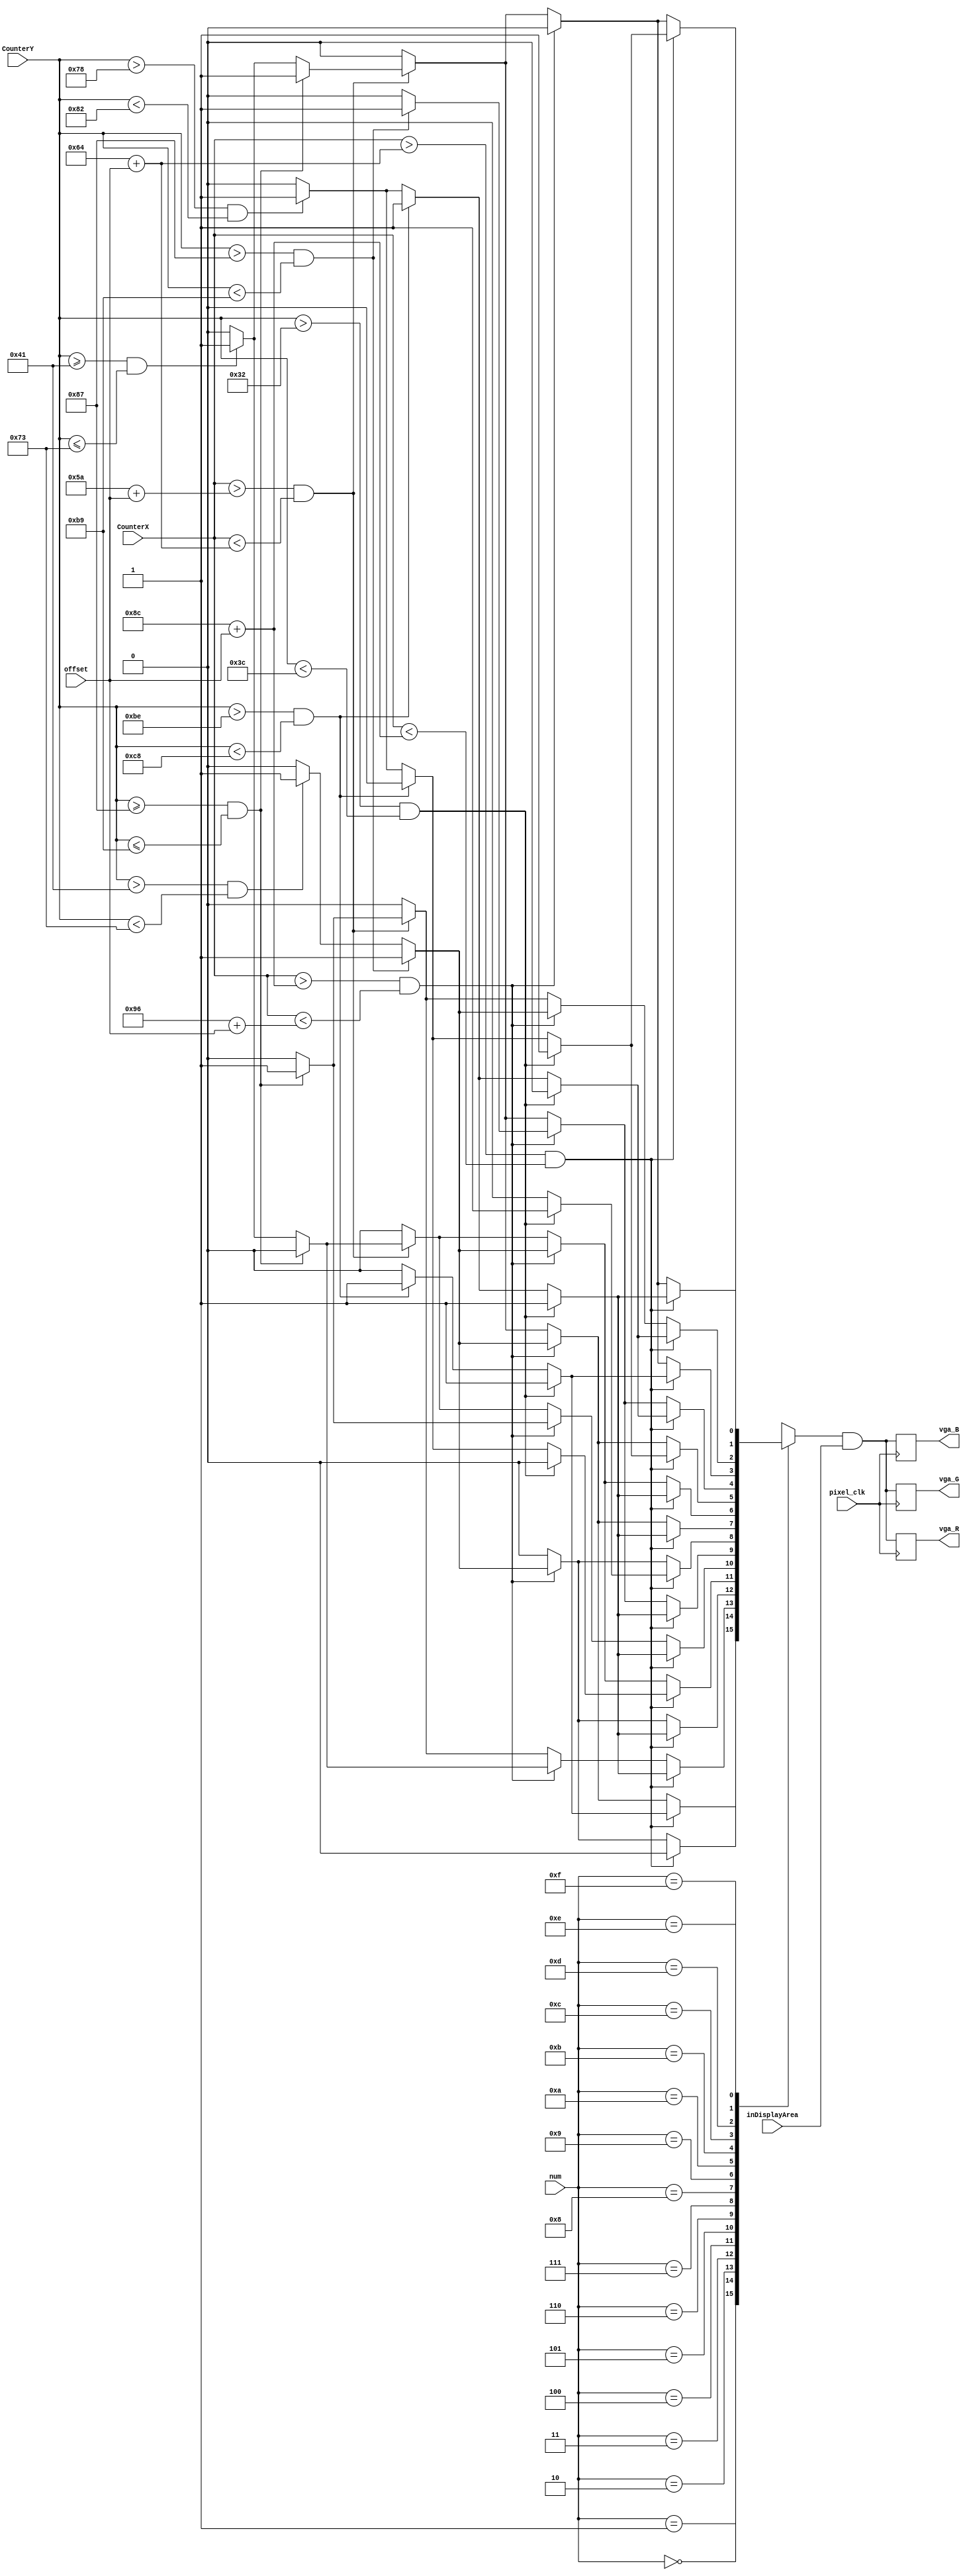
module vga(vga_R, vga_G, vga_B, num,offset, inDisplayArea, CounterX, CounterY, pixel_clk);
input pixel_clk;
input [3:0]num;
input [9:0]offset;
output vga_R, vga_G, vga_B;
input inDisplayArea;
input [9:0] CounterX;
input [8:0] CounterY;
reg[6:0] seven;
reg color;
reg R, B,G;


reg vga_R, vga_G, vga_B;

always @(num or CounterX or CounterY or offset)
begin
case(num)
		4'b0000:begin
					seven =7'b0111111;
					if((CounterX>(100+offset))&&(CounterX<(140+offset)))
						begin
							if((CounterY>50)&&(CounterY<60))begin
								color = seven[0];
								R=color;
								B=color;
								G=color;
								end
							else
							if((CounterY>190)&&(CounterY<200)) begin
								color = seven[3];
								R=color;
								B=color;
								G=color;
								end
							else
							if((CounterY>120)&&(CounterY<130)) begin
								color = seven[6];
								R=color;
								B=color;
								G=color;
								end
							else
								begin
									color = 1'b0;
									R=color;
									B=color;
									G=color;
								end
							end
						else
						if((CounterX>(140+offset))&&(CounterX<(150+offset))) 
						begin
								if((CounterY>135)&&(CounterY<185)) begin
								color = seven[2];
								R=color;
								B=color;
								G=color;
								end
								else
								if((CounterY>65)&&(CounterY<115)) begin
								color = seven[1];
								R=color;
								B=color;
								G=color;
								end
								else
								begin
									color = 1'b0;
									R=color;
									B=color;
									G=color;
								end
							end
						else
						if((CounterX>(90+offset))&&(CounterX<(100+offset)))
						begin
							if((CounterY>=135)&&(CounterY<=185)) begin
								color = seven[4];
								R=color;
								B=color;
								G=color;
								end
								else
								if((CounterY>=65)&&(CounterY<=115)) begin
								color = seven[5];
								R=color;
								B=color;
								G=color;
								end
								else
								begin
									color = 1'b0;
									R=color;
									B=color;
									G=color;
								end
							end
						else
							begin
									color = 1'b0;
									R=color;
									B=color;
									G=color;
							end
					end
					
4'b0001:begin
					seven =7'b0000110;
					if((CounterX>(100+offset))&&(CounterX<(140+offset)))
						begin
							if((CounterY>50)&&(CounterY<60))begin
								color = seven[0];
								R=color;
								B=color;
								G=color;
								end
							else
							if((CounterY>190)&&(CounterY<200)) begin
								color = seven[3];
								R=color;
								B=color;
								G=color;
								end
							else
							if((CounterY>120)&&(CounterY<130)) begin
								color = seven[6];
								R=color;
								B=color;
								G=color;
								end
							else
								begin
									color = 1'b0;
									R=color;
									B=color;
									G=color;
								end
							end
						else
						if((CounterX>(140+offset))&&(CounterX<(150+offset))) 
						begin
								if((CounterY>135)&&(CounterY<185)) begin
								color = seven[2];
								R=color;
								B=color;
								G=color;
								end
								else
								if((CounterY>65)&&(CounterY<115)) begin
								color = seven[1];
								R=color;
								B=color;
								G=color;
								end
								else
								begin
									color = 1'b0;
									R=color;
									B=color;
									G=color;
								end
							end
						else
						if((CounterX>(90+offset))&&(CounterX<(100+offset)))
						begin
							if((CounterY>=135)&&(CounterY<=185)) begin
								color = seven[4];
								R=color;
								B=color;
								G=color;
								end
								else
								if((CounterY>=65)&&(CounterY<=115)) begin
								color = seven[5];
								R=color;
								B=color;
								G=color;
								end
								else
								begin
									color = 1'b0;
									R=color;
									B=color;
									G=color;
								end
							end
						else
							begin
									color = 1'b0;
									R=color;
									B=color;
									G=color;
							end
					end
4'b0010:begin
					seven =7'b1011011;
					if((CounterX>(100+offset))&&(CounterX<(140+offset)))
						begin
							if((CounterY>50)&&(CounterY<60))begin
								color = seven[0];
								R=color;
								B=color;
								G=color;
								end
							else
							if((CounterY>190)&&(CounterY<200)) begin
								color = seven[3];
								R=color;
								B=color;
								G=color;
								end
							else
							if((CounterY>120)&&(CounterY<130)) begin
								color = seven[6];
								R=color;
								B=color;
								G=color;
								end
							else
								begin
									color = 1'b0;
									R=color;
									B=color;
									G=color;
								end
							end
						else
						if((CounterX>(140+offset))&&(CounterX<(150+offset))) 
						begin
								if((CounterY>=135)&&(CounterY<=185)) begin
								color = seven[2];
								R=color;
								B=color;
								G=color;
								end
								else
								if((CounterY>=65)&&(CounterY<=115)) begin
								color = seven[1];
								R=color;
								B=color;
								G=color;
								end
								else
								begin
									color = 1'b0;
									R=color;
									B=color;
									G=color;
								end
							end
						else
						if((CounterX>(90+offset))&&(CounterX<(100+offset)))
						begin
							if((CounterY>=135)&&(CounterY<=185)) begin
								color = seven[4];
								R=color;
								B=color;
								G=color;
								end
								else
								if((CounterY>=65)&&(CounterY<=115)) begin
								color = seven[5];
								R=color;
								B=color;
								G=color;
								end
								else
								begin
									color = 1'b0;
									R=color;
									B=color;
									G=color;
								end
							end
						else
							begin
									color = 1'b0;
									R=color;
									B=color;
									G=color;
							end
					end
4'b0011:begin
					seven =7'b1001111;
					if((CounterX>(100+offset))&&(CounterX<(140+offset)))
						begin
							if((CounterY>50)&&(CounterY<60))begin
								color = seven[0];
								R=color;
								B=color;
								G=color;
								end
							else
							if((CounterY>190)&&(CounterY<200)) begin
								color = seven[3];
								R=color;
								B=color;
								G=color;
								end
							else
							if((CounterY>120)&&(CounterY<130)) begin
								color = seven[6];
								R=color;
								B=color;
								G=color;
								end
							else
								begin
									color = 1'b0;
									R=color;
									B=color;
									G=color;
								end
							end
						else
						if((CounterX>(140+offset))&&(CounterX<(150+offset))) 
						begin
								if((CounterY>135)&&(CounterY<185)) begin
								color = seven[2];
								R=color;
								B=color;
								G=color;
								end
								else
								if((CounterY>65)&&(CounterY<115)) begin
								color = seven[1];
								R=color;
								B=color;
								G=color;
								end
								else
								begin
									color = 1'b0;
									R=color;
									B=color;
									G=color;
								end
							end
						else
						if((CounterX>(90+offset))&&(CounterX<(100+offset)))
						begin
							if((CounterY>=135)&&(CounterY<=185)) begin
								color = seven[4];
								R=color;
								B=color;
								G=color;
								end
								else
								if((CounterY>=65)&&(CounterY<=115)) begin
								color = seven[5];
								R=color;
								B=color;
								G=color;
								end
								else
								begin
									color = 1'b0;
									R=color;
									B=color;
									G=color;
								end
							end
						else
							begin
									color = 1'b0;
									R=color;
									B=color;
									G=color;
							end
					end
4'b0100:begin
					seven =7'b1100110;
					if((CounterX>(100+offset))&&(CounterX<(140+offset)))
						begin
							if((CounterY>50)&&(CounterY<60))begin
								color = seven[0];
								R=color;
								B=color;
								G=color;
								end
							else
							if((CounterY>190)&&(CounterY<200)) begin
								color = seven[3];
								R=color;
								B=color;
								G=color;
								end
							else
							if((CounterY>120)&&(CounterY<130)) begin
								color = seven[6];
								R=color;
								B=color;
								G=color;
								end
							else
								begin
									color = 1'b0;
									R=color;
									B=color;
									G=color;
								end
							end
						else
						if((CounterX>(140+offset))&&(CounterX<(150+offset))) 
						begin
								if((CounterY>135)&&(CounterY<185)) begin
								color = seven[2];
								R=color;
								B=color;
								G=color;
								end
								else
								if((CounterY>65)&&(CounterY<115)) begin
								color = seven[1];
								R=color;
								B=color;
								G=color;
								end
								else
								begin
									color = 1'b0;
									R=color;
									B=color;
									G=color;
								end
							end
						else
						if((CounterX>(90+offset))&&(CounterX<(100+offset)))
						begin
							if((CounterY>=135)&&(CounterY<=185)) begin
								color = seven[4];
								R=color;
								B=color;
								G=color;
								end
								else
								if((CounterY>=65)&&(CounterY<=115)) begin
								color = seven[5];
								R=color;
								B=color;
								G=color;
								end
								else
								begin
									color = 1'b0;
									R=color;
									B=color;
									G=color;
								end
							end
						else
							begin
									color = 1'b0;
									R=color;
									B=color;
									G=color;
							end
					end
4'b0101:begin
					seven =7'b1101101;
					if((CounterX>(100+offset))&&(CounterX<(140+offset)))
						begin
							if((CounterY>50)&&(CounterY<60))begin
								color = seven[0];
								R=color;
								B=color;
								G=color;
								end
							else
							if((CounterY>190)&&(CounterY<200)) begin
								color = seven[3];
								R=color;
								B=color;
								G=color;
								end
							else
							if((CounterY>120)&&(CounterY<130)) begin
								color = seven[6];
								R=color;
								B=color;
								G=color;
								end
							else
								begin
									color = 1'b0;
									R=color;
									B=color;
									G=color;
								end
							end
						else
						if((CounterX>(140+offset))&&(CounterX<(150+offset))) 
						begin
								if((CounterY>=135)&&(CounterY<=185)) begin
								color = seven[2];
								R=color;
								B=color;
								G=color;
								end
								else
								if((CounterY>=65)&&(CounterY<=115)) begin
								color = seven[1];
								R=color;
								B=color;
								G=color;
								end
								else
								begin
									color = 1'b0;
									R=color;
									B=color;
									G=color;
								end
							end
						else
						if((CounterX>(90+offset))&&(CounterX<(100+offset)))
						begin
							if((CounterY>=135)&&(CounterY<=185)) begin
								color = seven[4];
								R=color;
								B=color;
								G=color;
								end
								else
								if((CounterY>=65)&&(CounterY<=115)) begin
								color = seven[5];
								R=color;
								B=color;
								G=color;
								end
								else
								begin
									color = 1'b0;
									R=color;
									B=color;
									G=color;
								end
							end
						else
							begin
									color = 1'b0;
									R=color;
									B=color;
									G=color;
							end
					end
4'b0110:begin
					seven =7'b1111101;
					if((CounterX>(100+offset))&&(CounterX<(140+offset)))
						begin
							if((CounterY>50)&&(CounterY<60))begin
								color = seven[0];
								R=color;
								B=color;
								G=color;
								end
							else
							if((CounterY>190)&&(CounterY<200)) begin
								color = seven[3];
								R=color;
								B=color;
								G=color;
								end
							else
							if((CounterY>120)&&(CounterY<130)) begin
								color = seven[6];
								R=color;
								B=color;
								G=color;
								end
							else
								begin
									color = 1'b0;
									R=color;
									B=color;
									G=color;
								end
							end
						else
						if((CounterX>(140+offset))&&(CounterX<(150+offset))) 
						begin
								if((CounterY>135)&&(CounterY<185)) begin
								color = seven[2];
								R=color;
								B=color;
								G=color;
								end
								else
								if((CounterY>65)&&(CounterY<115)) begin
								color = seven[1];
								R=color;
								B=color;
								G=color;
								end
								else
								begin
									color = 1'b0;
									R=color;
									B=color;
									G=color;
								end
							end
						else
						if((CounterX>(90+offset))&&(CounterX<(100+offset)))
						begin
							if((CounterY>=135)&&(CounterY<=185)) begin
								color = seven[4];
								R=color;
								B=color;
								G=color;
								end
								else
								if((CounterY>=65)&&(CounterY<=115)) begin
								color = seven[5];
								R=color;
								B=color;
								G=color;
								end
								else
								begin
									color = 1'b0;
									R=color;
									B=color;
									G=color;
								end
							end
						else
							begin
									color = 1'b0;
									R=color;
									B=color;
									G=color;
							end
					end
4'b0111:begin
					seven =7'b0000111;
					if((CounterX>(100+offset))&&(CounterX<(140+offset)))
						begin
							if((CounterY>50)&&(CounterY<60))begin
								color = seven[0];
								R=color;
								B=color;
								G=color;
								end
							else
							if((CounterY>190)&&(CounterY<200)) begin
								color = seven[3];
								R=color;
								B=color;
								G=color;
								end
							else
							if((CounterY>120)&&(CounterY<130)) begin
								color = seven[6];
								R=color;
								B=color;
								G=color;
								end
							else
								begin
									color = 1'b0;
									R=color;
									B=color;
									G=color;
								end
							end
						else
						if((CounterX>(140+offset))&&(CounterX<(150+offset))) 
						begin
								if((CounterY>135)&&(CounterY<185)) begin
								color = seven[2];
								R=color;
								B=color;
								G=color;
								end
								else
								if((CounterY>65)&&(CounterY<115)) begin
								color = seven[1];
								R=color;
								B=color;
								G=color;
								end
								else
								begin
									color = 1'b0;
									R=color;
									B=color;
									G=color;
								end
							end
						else
						if((CounterX>(90+offset))&&(CounterX<(100+offset)))
						begin
							if((CounterY>=135)&&(CounterY<=185)) begin
								color = seven[4];
								R=color;
								B=color;
								G=color;
								end
								else
								if((CounterY>=65)&&(CounterY<=115)) begin
								color = seven[5];
								R=color;
								B=color;
								G=color;
								end
								else
								begin
									color = 1'b0;
									R=color;
									B=color;
									G=color;
								end
							end
						else
							begin
									color = 1'b0;
									R=color;
									B=color;
									G=color;
							end
					end
4'b1000:begin
					seven =7'b1111111;
					if((CounterX>(100+offset))&&(CounterX<(140+offset)))
						begin
							if((CounterY>50)&&(CounterY<60))begin
								color = seven[0];
								R=color;
								B=color;
								G=color;
								end
							else
							if((CounterY>190)&&(CounterY<200)) begin
								color = seven[3];
								R=color;
								B=color;
								G=color;
								end
							else
							if((CounterY>120)&&(CounterY<130)) begin
								color = seven[6];
								R=color;
								B=color;
								G=color;
								end
							else
								begin
									color = 1'b0;
									R=color;
									B=color;
									G=color;
								end
							end
						else
						if((CounterX>(140+offset))&&(CounterX<(150+offset))) 
						begin
								if((CounterY>135)&&(CounterY<185)) begin
								color = seven[2];
								R=color;
								B=color;
								G=color;
								end
								else
								if((CounterY>65)&&(CounterY<115)) begin
								color = seven[1];
								R=color;
								B=color;
								G=color;
								end
								else
								begin
									color = 1'b0;
									R=color;
									B=color;
									G=color;
								end
							end
						else
						if((CounterX>(90+offset))&&(CounterX<(100+offset)))
						begin
							if((CounterY>=135)&&(CounterY<=185)) begin
								color = seven[4];
								R=color;
								B=color;
								G=color;
								end
								else
								if((CounterY>=65)&&(CounterY<=115)) begin
								color = seven[5];
								R=color;
								B=color;
								G=color;
								end
								else
								begin
									color = 1'b0;
									R=color;
									B=color;
									G=color;
								end
							end
						else
							begin
									color = 1'b0;
									R=color;
									B=color;
									G=color;
							end
					end
4'b1001:begin
					seven =7'b1101111;
					if((CounterX>(100+offset))&&(CounterX<(140+offset)))
						begin
							if((CounterY>50)&&(CounterY<60))begin
								color = seven[0];
								R=color;
								B=color;
								G=color;
								end
							else
							if((CounterY>190)&&(CounterY<200)) begin
								color = seven[3];
								R=color;
								B=color;
								G=color;
								end
							else
							if((CounterY>120)&&(CounterY<130)) begin
								color = seven[6];
								R=color;
								B=color;
								G=color;
								end
							else
								begin
									color = 1'b0;
									R=color;
									B=color;
									G=color;
								end
							end
						else
						if((CounterX>(140+offset))&&(CounterX<(150+offset))) 
						begin
								if((CounterY>135)&&(CounterY<185)) begin
								color = seven[2];
								R=color;
								B=color;
								G=color;
								end
								else
								if((CounterY>65)&&(CounterY<115)) begin
								color = seven[1];
								R=color;
								B=color;
								G=color;
								end
								else
								begin
									color = 1'b0;
									R=color;
									B=color;
									G=color;
								end
							end
						else
						if((CounterX>(90+offset))&&(CounterX<(100+offset)))
						begin
							if((CounterY>=135)&&(CounterY<=185)) begin
								color = seven[4];
								R=color;
								B=color;
								G=color;
								end
								else
								if((CounterY>=65)&&(CounterY<=115)) begin
								color = seven[5];
								R=color;
								B=color;
								G=color;
								end
								else
								begin
									color = 1'b0;
									R=color;
									B=color;
									G=color;
								end
							end
						else
							begin
									color = 1'b0;
									R=color;
									B=color;
									G=color;
							end
					end
4'b1010:begin
					seven =7'b1110111;
					if((CounterX>(100+offset))&&(CounterX<(140+offset)))
						begin
							if((CounterY>50)&&(CounterY<60))begin
								color = seven[0];
								R=color;
								B=color;
								G=color;
								end
							else
							if((CounterY>190)&&(CounterY<200)) begin
								color = seven[3];
								R=color;
								B=color;
								G=color;
								end
							else
							if((CounterY>120)&&(CounterY<130)) begin
								color = seven[6];
								R=color;
								B=color;
								G=color;
								end
							else
								begin
									color = 1'b0;
									R=color;
									B=color;
									G=color;
								end
							end
						else
						if((CounterX>(140+offset))&&(CounterX<(150+offset))) 
						begin
								if((CounterY>135)&&(CounterY<185)) begin
								color = seven[2];
								R=color;
								B=color;
								G=color;
								end
								else
								if((CounterY>65)&&(CounterY<115)) begin
								color = seven[1];
								R=color;
								B=color;
								G=color;
								end
								else
								begin
									color = 1'b0;
									R=color;
									B=color;
									G=color;
								end
							end
						else
						if((CounterX>(90+offset))&&(CounterX<(100+offset)))
						begin
							if((CounterY>=135)&&(CounterY<=185)) begin
								color = seven[4];
								R=color;
								B=color;
								G=color;
								end
								else
								if((CounterY>=65)&&(CounterY<=115)) begin
								color = seven[5];
								R=color;
								B=color;
								G=color;
								end
								else
								begin
									color = 1'b0;
									R=color;
									B=color;
									G=color;
								end
							end
						else
							begin
									color = 1'b0;
									R=color;
									B=color;
									G=color;
							end
					end
4'b1011:begin
					seven =7'b1111100;
					if((CounterX>(100+offset))&&(CounterX<(140+offset)))
						begin
							if((CounterY>50)&&(CounterY<60))begin
								color = seven[0];
								R=color;
								B=color;
								G=color;
								end
							else
							if((CounterY>190)&&(CounterY<200)) begin
								color = seven[3];
								R=color;
								B=color;
								G=color;
								end
							else
							if((CounterY>120)&&(CounterY<130)) begin
								color = seven[6];
								R=color;
								B=color;
								G=color;
								end
							else
								begin
									color = 1'b0;
									R=color;
									B=color;
									G=color;
								end
							end
						else
						if((CounterX>(140+offset))&&(CounterX<(150+offset))) 
						begin
								if((CounterY>135)&&(CounterY<185)) begin
								color = seven[2];
								R=color;
								B=color;
								G=color;
								end
								else
								if((CounterY>65)&&(CounterY<115)) begin
								color = seven[1];
								R=color;
								B=color;
								G=color;
								end
								else
								begin
									color = 1'b0;
									R=color;
									B=color;
									G=color;
								end
							end
						else
						if((CounterX>(90+offset))&&(CounterX<(100+offset)))
						begin
							if((CounterY>=135)&&(CounterY<=185)) begin
								color = seven[4];
								R=color;
								B=color;
								G=color;
								end
								else
								if((CounterY>=65)&&(CounterY<=115)) begin
								color = seven[5];
								R=color;
								B=color;
								G=color;
								end
								else
								begin
									color = 1'b0;
									R=color;
									B=color;
									G=color;
								end
							end
						else
							begin
									color = 1'b0;
									R=color;
									B=color;
									G=color;
							end
					end
4'b1100:begin
					seven =7'b0111001;
					if((CounterX>(100+offset))&&(CounterX<(140+offset)))
						begin
							if((CounterY>50)&&(CounterY<60))begin
								color = seven[0];
								R=color;
								B=color;
								G=color;
								end
							else
							if((CounterY>190)&&(CounterY<200)) begin
								color = seven[3];
								R=color;
								B=color;
								G=color;
								end
							else
							if((CounterY>120)&&(CounterY<130)) begin
								color = seven[6];
								R=color;
								B=color;
								G=color;
								end
							else
								begin
									color = 1'b0;
									R=color;
									B=color;
									G=color;
								end
							end
						else
						if((CounterX>(140+offset))&&(CounterX<(150+offset))) 
						begin
								if((CounterY>135)&&(CounterY<185)) begin
								color = seven[2];
								R=color;
								B=color;
								G=color;
								end
								else
								if((CounterY>65)&&(CounterY<115)) begin
								color = seven[1];
								R=color;
								B=color;
								G=color;
								end
								else
								begin
									color = 1'b0;
									R=color;
									B=color;
									G=color;
								end
							end
						else
						if((CounterX>(90+offset))&&(CounterX<(100+offset)))
						begin
							if((CounterY>=135)&&(CounterY<=185)) begin
								color = seven[4];
								R=color;
								B=color;
								G=color;
								end
								else
								if((CounterY>=65)&&(CounterY<=115)) begin
								color = seven[5];
								R=color;
								B=color;
								G=color;
								end
								else
								begin
									color = 1'b0;
									R=color;
									B=color;
									G=color;
								end
							end
						else
							begin
									color = 1'b0;
									R=color;
									B=color;
									G=color;
							end
					end
4'b1101:begin
					seven =7'b1011110;
					if((CounterX>(100+offset))&&(CounterX<(140+offset)))
						begin
							if((CounterY>50)&&(CounterY<60))begin
								color = seven[0];
								R=color;
								B=color;
								G=color;
								end
							else
							if((CounterY>190)&&(CounterY<200)) begin
								color = seven[3];
								R=color;
								B=color;
								G=color;
								end
							else
							if((CounterY>120)&&(CounterY<130)) begin
								color = seven[6];
								R=color;
								B=color;
								G=color;
								end
							else
								begin
									color = 1'b0;
									R=color;
									B=color;
									G=color;
								end
							end
						else
						if((CounterX>(140+offset))&&(CounterX<(150+offset))) 
						begin
								if((CounterY>135)&&(CounterY<185)) begin
								color = seven[2];
								R=color;
								B=color;
								G=color;
								end
								else
								if((CounterY>65)&&(CounterY<115)) begin
								color = seven[1];
								R=color;
								B=color;
								G=color;
								end
								else
								begin
									color = 1'b0;
									R=color;
									B=color;
									G=color;
								end
							end
						else
						if((CounterX>(90+offset))&&(CounterX<(100+offset)))
						begin
							if((CounterY>=135)&&(CounterY<=185)) begin
								color = seven[4];
								R=color;
								B=color;
								G=color;
								end
								else
								if((CounterY>=65)&&(CounterY<=115)) begin
								color = seven[5];
								R=color;
								B=color;
								G=color;
								end
								else
								begin
									color = 1'b0;
									R=color;
									B=color;
									G=color;
								end
							end
						else
							begin
									color = 1'b0;
									R=color;
									B=color;
									G=color;
							end
					end
4'b1110:begin
					seven =7'b1111001;
					if((CounterX>(100+offset))&&(CounterX<(140+offset)))
						begin
							if((CounterY>50)&&(CounterY<60))begin
								color = seven[0];
								R=color;
								B=color;
								G=color;
								end
							else
							if((CounterY>190)&&(CounterY<200)) begin
								color = seven[3];
								R=color;
								B=color;
								G=color;
								end
							else
							if((CounterY>120)&&(CounterY<130)) begin
								color = seven[6];
								R=color;
								B=color;
								G=color;
								end
							else
								begin
									color = 1'b0;
									R=color;
									B=color;
									G=color;
								end
							end
						else
						if((CounterX>(140+offset))&&(CounterX<(150+offset))) 
						begin
								if((CounterY>135)&&(CounterY<185)) begin
								color = seven[2];
								R=color;
								B=color;
								G=color;
								end
								else
								if((CounterY>65)&&(CounterY<115)) begin
								color = seven[1];
								R=color;
								B=color;
								G=color;
								end
								else
								begin
									color = 1'b0;
									R=color;
									B=color;
									G=color;
								end
							end
						else
						if((CounterX>(90+offset))&&(CounterX<(100+offset)))
						begin
							if((CounterY>=135)&&(CounterY<=185)) begin
								color = seven[4];
								R=color;
								B=color;
								G=color;
								end
								else
								if((CounterY>=65)&&(CounterY<=115)) begin
								color = seven[5];
								R=color;
								B=color;
								G=color;
								end
								else
								begin
									color = 1'b0;
									R=color;
									B=color;
									G=color;
								end
							end
						else
							begin
									color = 1'b0;
									R=color;
									B=color;
									G=color;
							end
					end
4'b1111:begin
					seven =7'b1110001;
					if((CounterX>(100+offset))&&(CounterX<(140+offset)))
						begin
							if((CounterY>50)&&(CounterY<60))begin
								color = seven[0];
								R=color;
								B=color;
								G=color;
								end
							else
							if((CounterY>190)&&(CounterY<200)) begin
								color = seven[3];
								R=color;
								B=color;
								G=color;
								end
							else
							if((CounterY>120)&&(CounterY<130)) begin
								color = seven[6];
								R=color;
								B=color;
								G=color;
								end
							else
								begin
									color = 1'b0;
									R=color;
									B=color;
									G=color;
								end
							end
						else
						if((CounterX>(140+offset))&&(CounterX<(150+offset))) 
						begin
								if((CounterY>135)&&(CounterY<185)) begin
								color = seven[2];
								R=color;
								B=color;
								G=color;
								end
								else
								if((CounterY>65)&&(CounterY<115)) begin
								color = seven[1];
								R=color;
								B=color;
								G=color;
								end
								else
								begin
									color = 1'b0;
									R=color;
									B=color;
									G=color;
								end
							end
						else
						if((CounterX>(90+offset))&&(CounterX<(100+offset)))
						begin
							if((CounterY>=135)&&(CounterY<=185)) begin
								color = seven[4];
								R=color;
								B=color;
								G=color;
								end
								else
								if((CounterY>=65)&&(CounterY<=115)) begin
								color = seven[5];
								R=color;
								B=color;
								G=color;
								end
								else
								begin
									color = 1'b0;
									R=color;
									B=color;
									G=color;
								end
							end
						else
							begin
									color = 1'b0;
									R=color;
									B=color;
									G=color;
							end
					end
					
					
					
					
      default: seven =7'b1111111;
endcase
end 

always @(posedge pixel_clk)
begin
  vga_R <= R & inDisplayArea;
  vga_G <= G & inDisplayArea;
  vga_B <= B & inDisplayArea;
   
end
endmodule